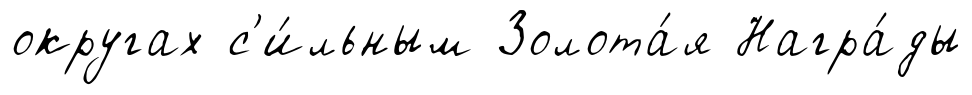
округах с'и́льным Золота́я Награ́ды